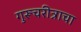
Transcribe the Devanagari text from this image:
गुरूचरीत्राचा